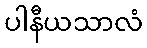
ပါနီယသာလံ